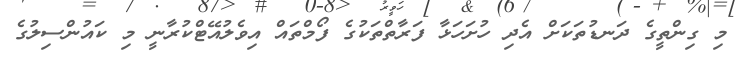
މި ގިންތީގެ ދަނޑުތަކަށް އެދި ހުށަހަޅާ ފަރާތްތަކުގެ ފޯމްތައް އިވެލުއޭޓްކުރާނީ މި ކައުންސިލުގެ